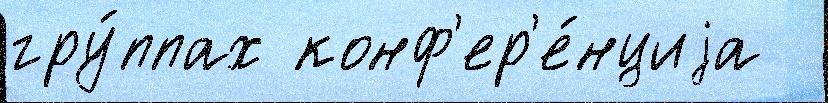
гру́ппах конф'ер'е́нциjа